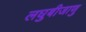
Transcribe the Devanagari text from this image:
लघुबीजाणु